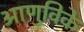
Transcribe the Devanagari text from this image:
आणुविके